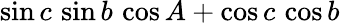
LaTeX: \sin c\, \sin b\, \cos A+\cos c\, \cos b